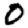
Digit: 0